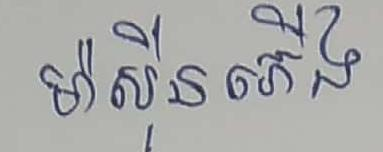
ម៉ាស៊ិនភើង